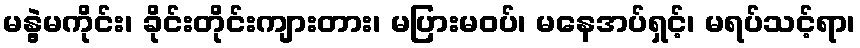
မနွဲ့မကိုင်း၊ ခိုင်းတိုင်းကျားတား၊ မပြားမဝပ်၊ မနေအပ်ရှင့်၊ မရပ်သင့်ရာ၊